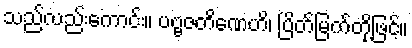
သည်လည်းကောင်း။ ပဗ္ဗဇတိဏေဟိ၊ ပြိတ်မြက်တို့ဖြင့်။